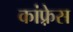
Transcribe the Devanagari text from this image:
कांफ़्रेस